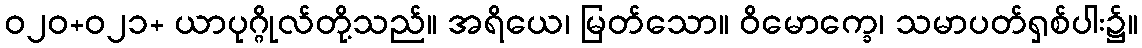
ဝ၂၀+၀၂၁+ ယာပုဂ္ဂိုလ်တို့သည်။ အရိယေ၊ မြတ်သော။ ဝိမောက္ခေ၊ သမာပတ်ရှစ်ပါး၌။